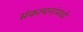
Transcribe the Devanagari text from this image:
संकल्पनांमध्ये